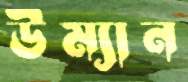
উম্যান